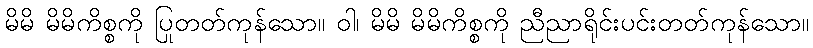
မိမိ မိမိကိစ္စကို ပြုတတ်ကုန်သော။ ဝါ၊ မိမိ မိမိကိစ္စကို ညီညာရိုင်းပင်းတတ်ကုန်သော။